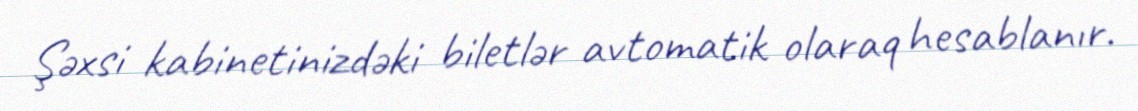
Şəxsi kabinetinizdəki biletlər avtomatik olaraq hesablanır.